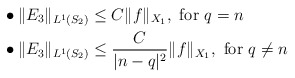
\begin{align*}&\bullet \Vert E_3 \Vert_{L^{1}(S_2)} \leq C\Vert f \Vert_{X_1}, \textrm{ for } q=n \\&\bullet\Vert E_3 \Vert_{L^{1}(S_2)} \leq \dfrac{C}{\vert n-q \vert^2}\Vert f \Vert_{X_1}, \textrm{ for } q \neq n\end{align*}